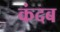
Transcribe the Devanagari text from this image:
कंदब